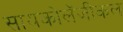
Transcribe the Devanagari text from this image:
सायकोलॅजीकल